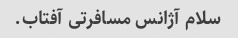
سلام آژانس مسافرتی آفتاب.